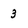
Character: 3